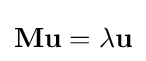
\mathbf {M} \mathbf {u} =\lambda \mathbf {u}